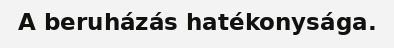
A beruházás hatékonysága.